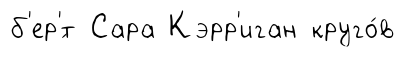
б'ер'́т Сара Кэрр'иган круго́в